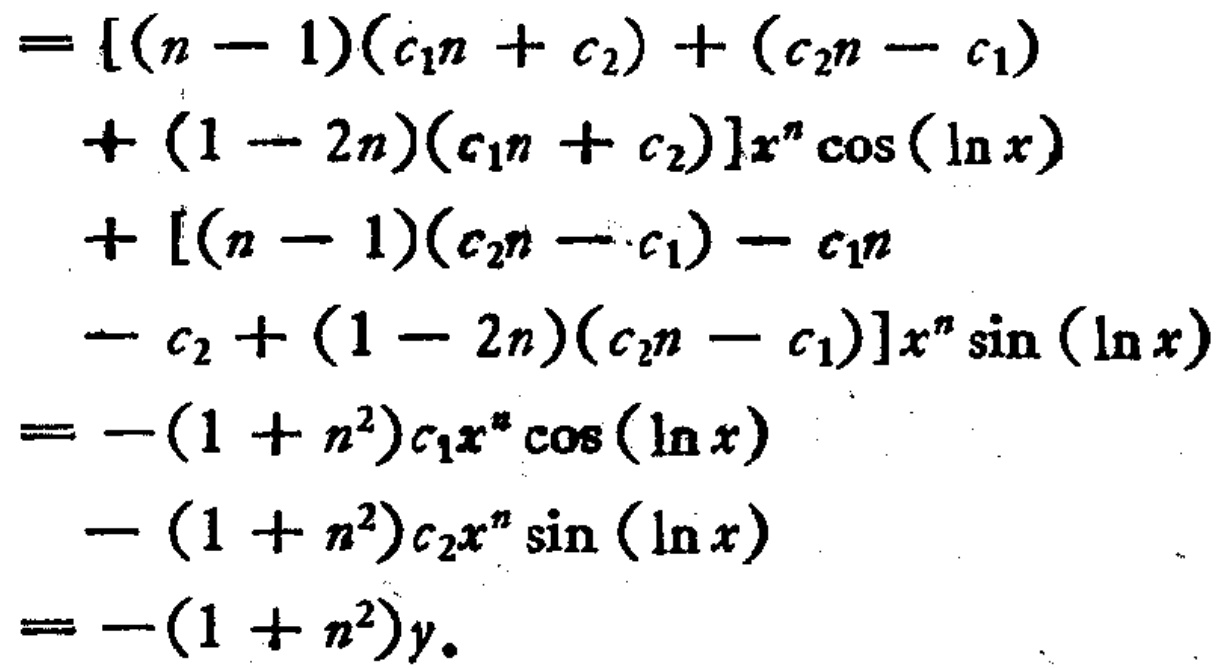
\begin{align*}
&= [(n - 1)(c_1n + c_2)+(c_2n - c_1)\\
&\quad+(1 - 2n)(c_1n + c_2)]x^n\cos(\ln x)\\
&\quad+[(n - 1)(c_2n - c_1)-c_1n\\
&\quad - c_2+(1 - 2n)(c_2n - c_1)]x^n\sin(\ln x)\\
&=-(1 + n^2)c_1x^n\cos(\ln x)\\
&\quad-(1 + n^2)c_2x^n\sin(\ln x)\\
&=-(1 + n^2)y.
\end{align*}